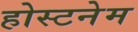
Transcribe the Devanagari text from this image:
होस्टनेम